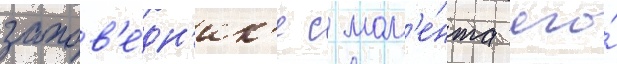
запов'е́дн'ик'е с мом'е́нта его́